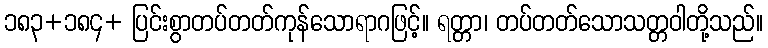
၁၈၃+၁၈၄+ ပြင်းစွာတပ်တတ်ကုန်သောရာဂဖြင့်။ ရတ္တာ၊ တပ်တတ်သောသတ္တဝါတို့သည်။